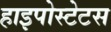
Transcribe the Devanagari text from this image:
हाइपोस्टेटस